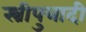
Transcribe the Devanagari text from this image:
स्त्रीपुत्रादी